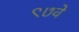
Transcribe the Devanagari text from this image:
९७वे